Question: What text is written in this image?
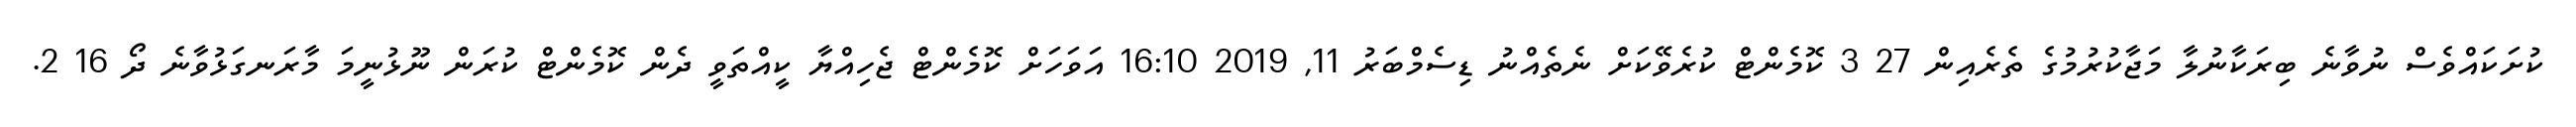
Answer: ކުށަކައްވެސް ނުވާނެ ބިރަކާނުލާ މަޖާކުރުމުގެ ތެރެއިން 27 3 ކޮމެންޓް ކުރެވޭކަށް ނެތެއްނު ޑިސެމްބަރު 11, 2019 16:10 އަވަހަށް ކޮމެންޓް ޖެހިއްޔާ ކީއްތަވީ ދެން ކޮމެންޓް ކުރަން ނޫޅުނީމަ މާރަނގަޅުވާނެ ދޯ 16 2.